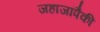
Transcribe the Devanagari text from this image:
जहाजांपैकी